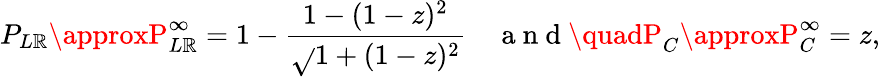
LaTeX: P_{L\mathbb{R}}\approxP_{L\mathbb{R}}^{\infty}=1-\frac{{1-(1-z)^{2}}}{{\sqrt{}{{1+(1-z)^{2}}}}}\quad\mathrm{{~a~n~d~}}\quadP_{C}\approxP_{C}^{\infty}=z,